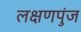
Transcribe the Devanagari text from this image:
लक्षणपुंज